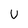
Character: U